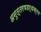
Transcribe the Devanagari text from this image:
अनुत्तरषडर्धक्रम